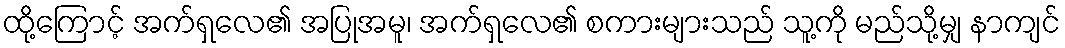
ထို့ကြောင့် အက်ရှလေ၏ အပြုအမူ၊ အက်ရှလေ၏ စကားများသည် သူ့ကို မည်သို့မျှ နာကျင်